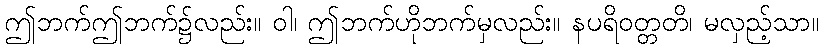
ဤဘက်ဤဘက်၌လည်း။ ဝါ၊ ဤဘက်ဟိုဘက်မှလည်း။ နပရိဝတ္တတိ၊ မလှည့်သာ။